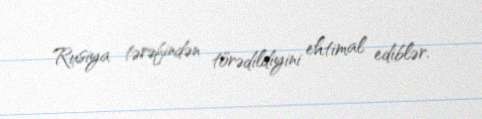
Rusiya tərəfindən törədildiyini ehtimal ediblər.